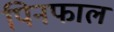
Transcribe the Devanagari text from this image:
पिनफाल